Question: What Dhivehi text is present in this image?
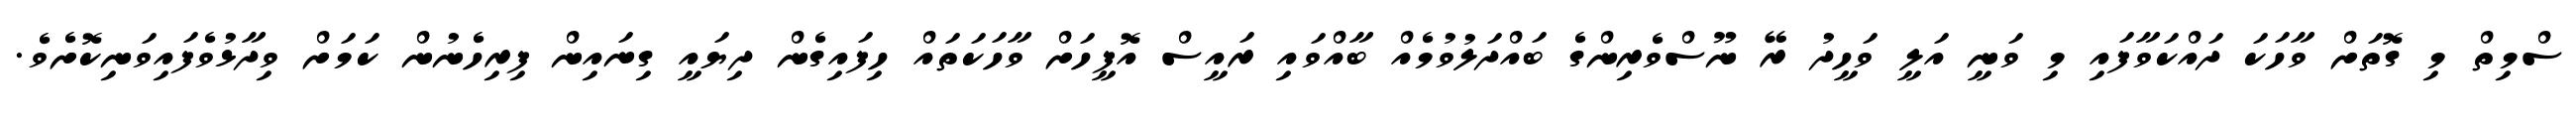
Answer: ސްމިތް މި ގޮތަށް ވާހަކަ ދައްކަވާފައި މި ވަނީ އަލީ ވަހީދު ރޭ ނޫސްވެރިންގެ ބައްދަލުވުމެއް ބާއްވައި ރައީސް އޮފީހަށް ވާހަކަތައް ހިފައިގެން ދިޔައީ ގިނައިން ފިރިހެނުން ކަމަށް ވިދާޅުވެފައިވަނިކޮށެވެ.